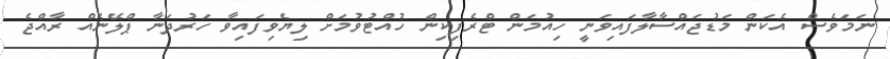
ނަމަވެސް އެކަން މަޑުޖައްސާލާފައިވަނީ ހިއުމަން ޓްރެފިކިން ހުއްޓުވުމަށް ލިޔެވިފައިވާ ހަރުދަނާ ޕްލޭނެއް ރާއްޖެ